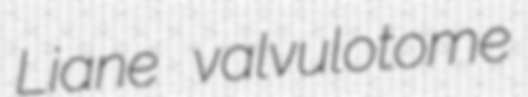
Liane valvulotome